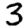
Digit: 3